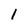
Character: 1